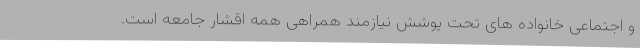
و اجتماعی خانواده های تحت پوشش نیازمند همراهی همه اقشار جامعه است.